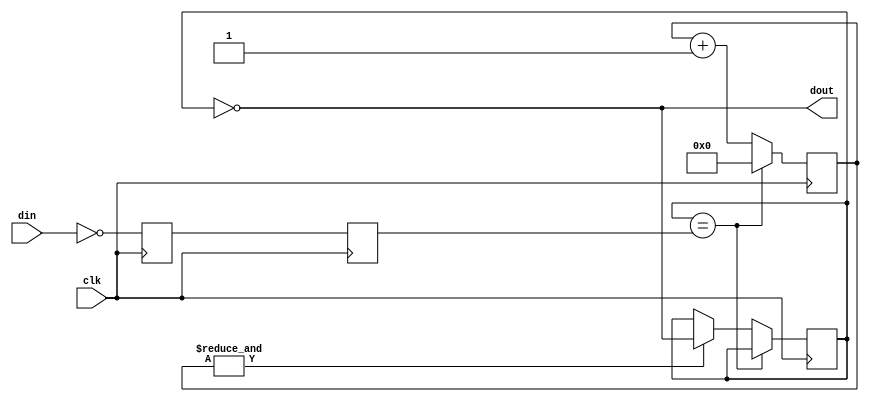
// This program was cloned from: https://github.com/multigcs/riocore
// License: GNU General Public License v2.0


module debouncer
    #(parameter WIDTH = 16)
    (
        input clk,
        input din,
        output wire dout
    );

    reg din_state_inv = 0;
    assign dout = ~din_state_inv;

    reg din_sync_0;  always @(posedge clk) din_sync_0 <= ~din;
    reg din_sync_1;  always @(posedge clk) din_sync_1 <= din_sync_0;
    reg [WIDTH-1:0] din_cnt;
    wire din_idle = (din_state_inv == din_sync_1);
    wire din_cnt_max = &din_cnt;

    always @(posedge clk)
    if (din_idle) begin
        din_cnt <= 0;
    end else begin
        din_cnt <= din_cnt + 1;
        if (din_cnt_max) begin
            din_state_inv <= ~din_state_inv;
        end
    end
endmodule